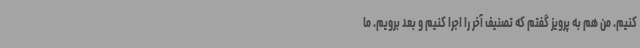
کنیم. من هم به پرویز گفتم که تصنیف آخر را اجرا کنیم و بعد برویم. ما